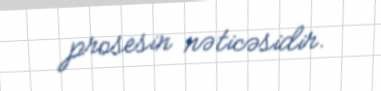
prosesin nəticəsidir.